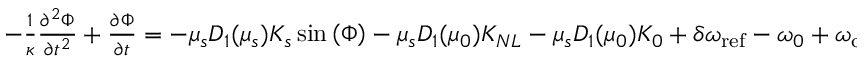
\begin{array} { r } { - \frac { 1 } { \kappa } \frac { \partial ^ { 2 } \Phi } { \partial { t } ^ { 2 } } + \frac { \partial \Phi } { \partial { t } } = - \mu _ { s } D _ { 1 } ( \mu _ { s } ) K _ { s } \sin { \left( \Phi \right) } - \mu _ { s } D _ { 1 } ( { \mu } _ { 0 } ) K _ { N L } - \mu _ { s } D _ { 1 } ( { \mu } _ { 0 } ) K _ { 0 } + \delta \omega _ { \mathrm { r e f } } - \omega _ { 0 } + \omega _ { \mathrm { c a v } } ( \mu _ { s } ) } \end{array}